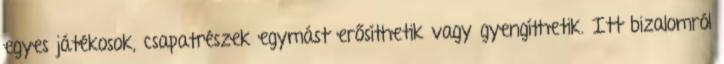
egyes játékosok, csapatrészek egymást erősíthetik vagy gyengíthetik. Itt bizalomról